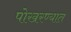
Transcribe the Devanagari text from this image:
पोखरण्यात